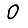
Digit: 0